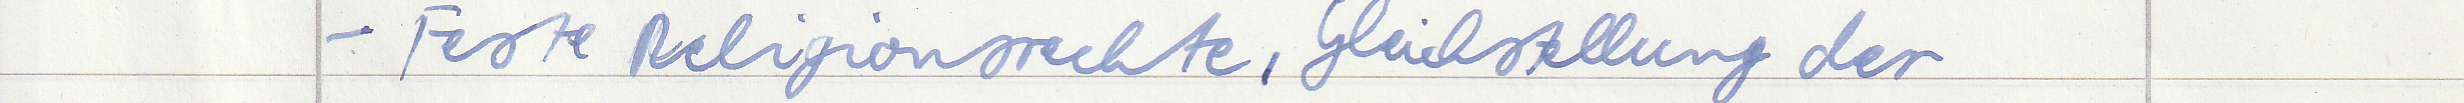
- Feste Religionsrechte, Gleichstellung der